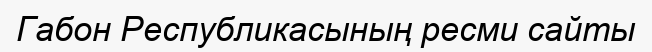
Габон Республикасының ресми сайты